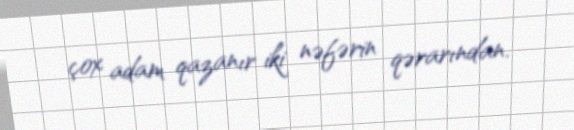
çox adam qazanır iki nəfərin qərarından.